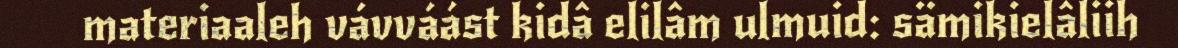
materiaaleh vávváást kidâ elilâm ulmuid: sämikielâliih